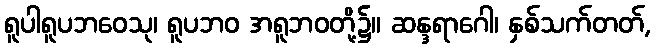
ရူပါရူပဘဝေသု၊ ရူပဘဝ အရူဘဝတို့၌။ ဆန္ဒရာဂေါ၊ နှစ်သက်တတ်,